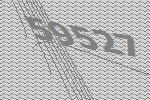
59527